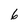
Character: 6